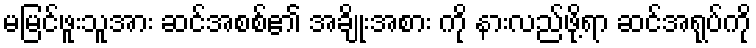
မမြင်ဖူးသူအား ဆင်အစစ်၏ အချိုးအစား ကို နားလည်ဖို့ရာ ဆင်အရုပ်ကို